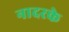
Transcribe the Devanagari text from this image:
नादरके